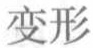
变形